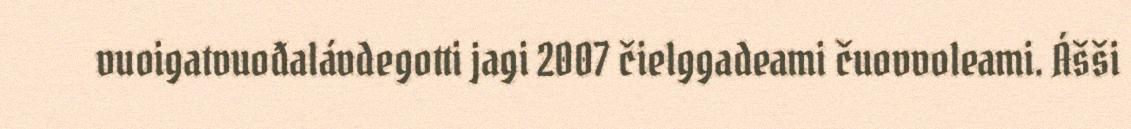
vuoigatvuođalávdegotti jagi 2007 čielggadeami čuovvoleami. Ášši